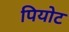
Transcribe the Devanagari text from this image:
पियोट